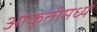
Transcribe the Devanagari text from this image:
आकृतीमध्ये